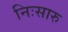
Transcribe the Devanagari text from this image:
निःसारु